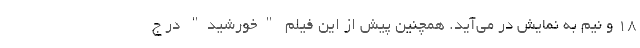
18 و نیم به نمایش در می‌آید. همچنین پیش از این فیلم "خورشید" در ج